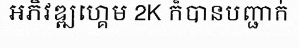
អភិវឌ្ឍហ្គេម 2K ក៏បានបញ្ជាក់